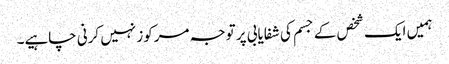
ہمیں ایک شخص کے جسم کی شفایابی پر توجہ مرکوز نہیں کرنی چاہیے۔